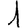
Digit: 1